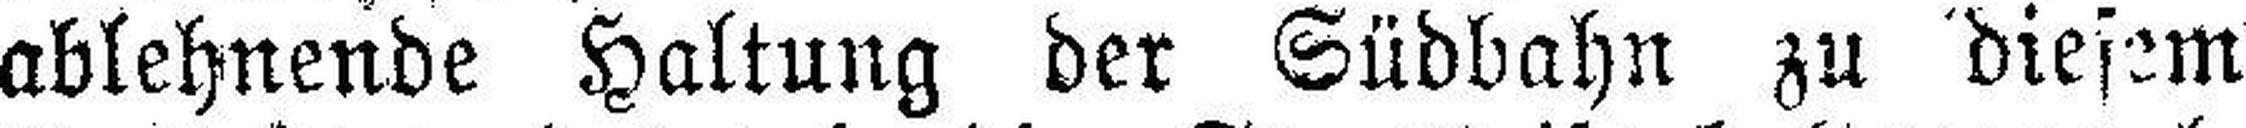
ablehnende Haltung der Südbahn zu diesem